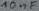
Text: 10c